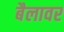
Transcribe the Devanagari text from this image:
बैलावर